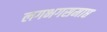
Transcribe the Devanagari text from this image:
लगभगसमाप्त